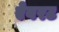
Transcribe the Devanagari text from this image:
ऐबरट